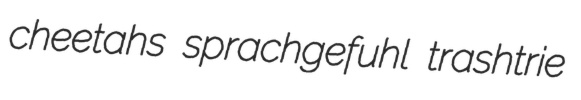
cheetahs sprachgefuhl trashtrie